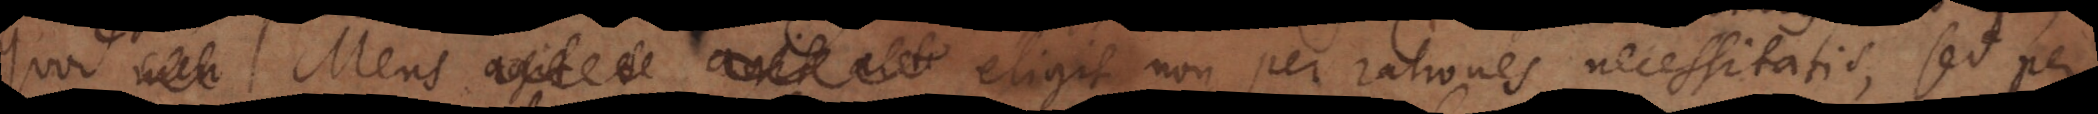
quod Mens agit se alt eligit non per rationes necessitatis, sed per